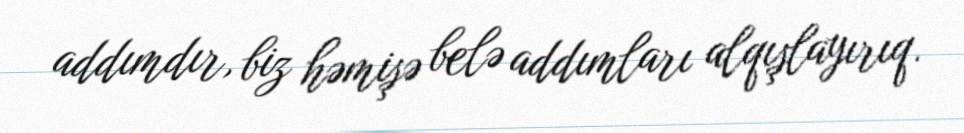
addımdır, biz həmişə belə addımları alqışlayırıq.